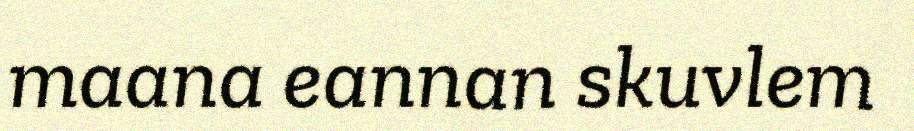
maana eannan skuvlem